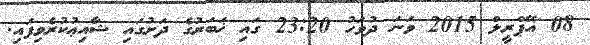
08 އޭޕްރީލް 2015 ވަނަ ދުވަހު 23:20 ގައި ޚަބަރުގެ ދަށުގައި ޝާއިޢުކުރެވިފައި.